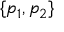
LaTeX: \{ p _ { 1 } , p _ { 2 } \}